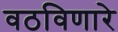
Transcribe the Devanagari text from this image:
वठविणारे